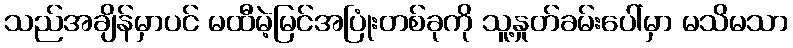
သည်အချိန်မှာပင် မထီမဲ့မြင်အပြုံးတစ်ခုကို သူ့နှုတ်ခမ်းပေါ်မှာ မသိမသာ